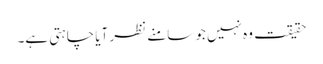
حقیقت وہ نہیں جو سامنے نظر آیا چاہتی ہے۔